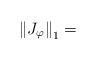
LaTeX: \begin{align*}\left\| J_{\varphi} \right\|_{1}=\end{align*}